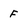
Character: F